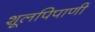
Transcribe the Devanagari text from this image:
शूलपिपाणी